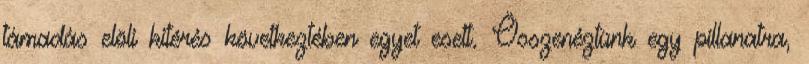
támadás elöli kitérés következtében egyet esett. Összenéztünk egy pillanatra,